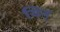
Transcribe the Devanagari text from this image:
यिन्